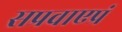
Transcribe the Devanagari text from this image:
सप्रवाएप्रं